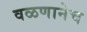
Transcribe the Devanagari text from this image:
वळणानेच